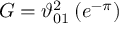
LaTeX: G = \vartheta _ { 0 1 } ^ { 2 } \left( e ^ { - \pi } \right)